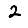
Digit: 2